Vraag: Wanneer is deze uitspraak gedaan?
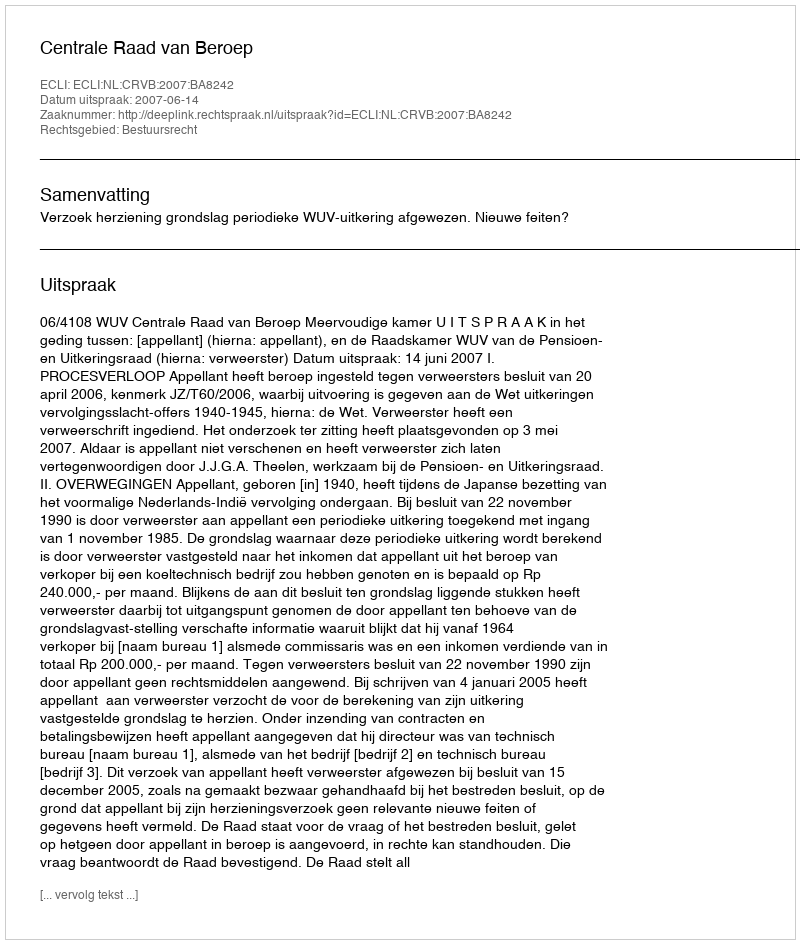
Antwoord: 2007-06-14